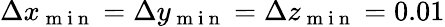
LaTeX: \Delta x_{\mathrm{~m~i~n~}}=\Delta y_{\mathrm{~m~i~n~}}=\Delta z_{\mathrm{~m~i~n~}}=0.01